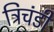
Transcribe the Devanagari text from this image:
त्रिचंडी